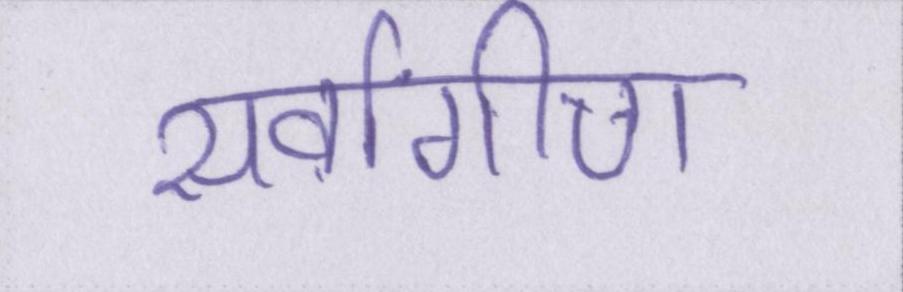
सर्वांगीण